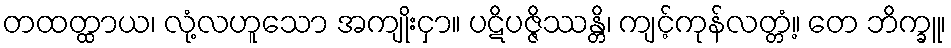
တထတ္ထာယ၊ လုံ့လဟူသော အကျိုးငှာ။ ပဋိပဇ္ဇိဿန္တိ၊ ကျင့်ကုန်လတ္တံ့။ တေ ဘိက္ခူ၊